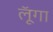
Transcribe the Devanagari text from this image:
लूॅगा